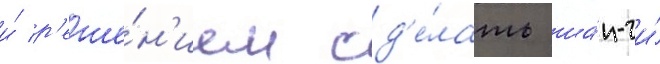
и́ р'еше́н'ием сд'е́лать ша́н-чи́